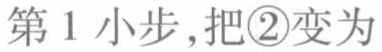
第1小步,把\textcircled{2}变为